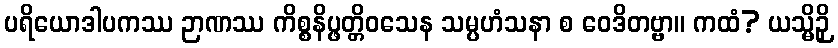
ပရိယောဒါပကဿ ဉာဏဿ ကိစ္စနိပ္ဖတ္တိဝသေန သမ္ပဟံသနာ စ ဝေဒိတဗ္ဗာ။ ကထံ? ယသ္မိဉှိ